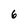
Character: 6